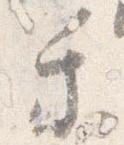
乗